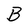
Character: B